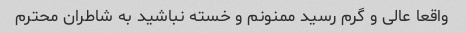
واقعا عالی و گرم رسید ممنونم و خسته نباشید به شاطران محترم